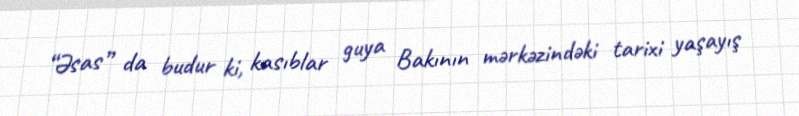
“Əsas” da budur ki, kasıblar guya Bakının mərkəzindəki tarixi yaşayış